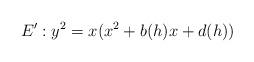
LaTeX: \begin{align*}E' : y^2 = x(x^2 + b(h)x + d(h))\end{align*}